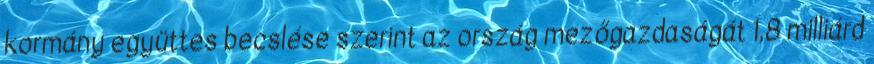
kormány együttes becslése szerint az ország mezőgazdaságát 1,8 milliárd